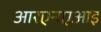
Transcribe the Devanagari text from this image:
आरएनएआइ